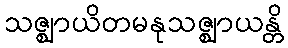
သဇ္ဈာယိတမနုသဇ္ဈာယန္တိ